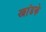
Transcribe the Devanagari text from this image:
खांडके